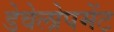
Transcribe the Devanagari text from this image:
डेवेलोपमेंट